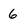
Character: 6